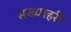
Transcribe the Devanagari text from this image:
सख्याहरी